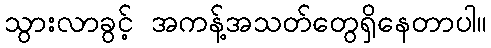
သွားလာခွင့် အကန့်အသတ်တွေရှိနေတာပါ။